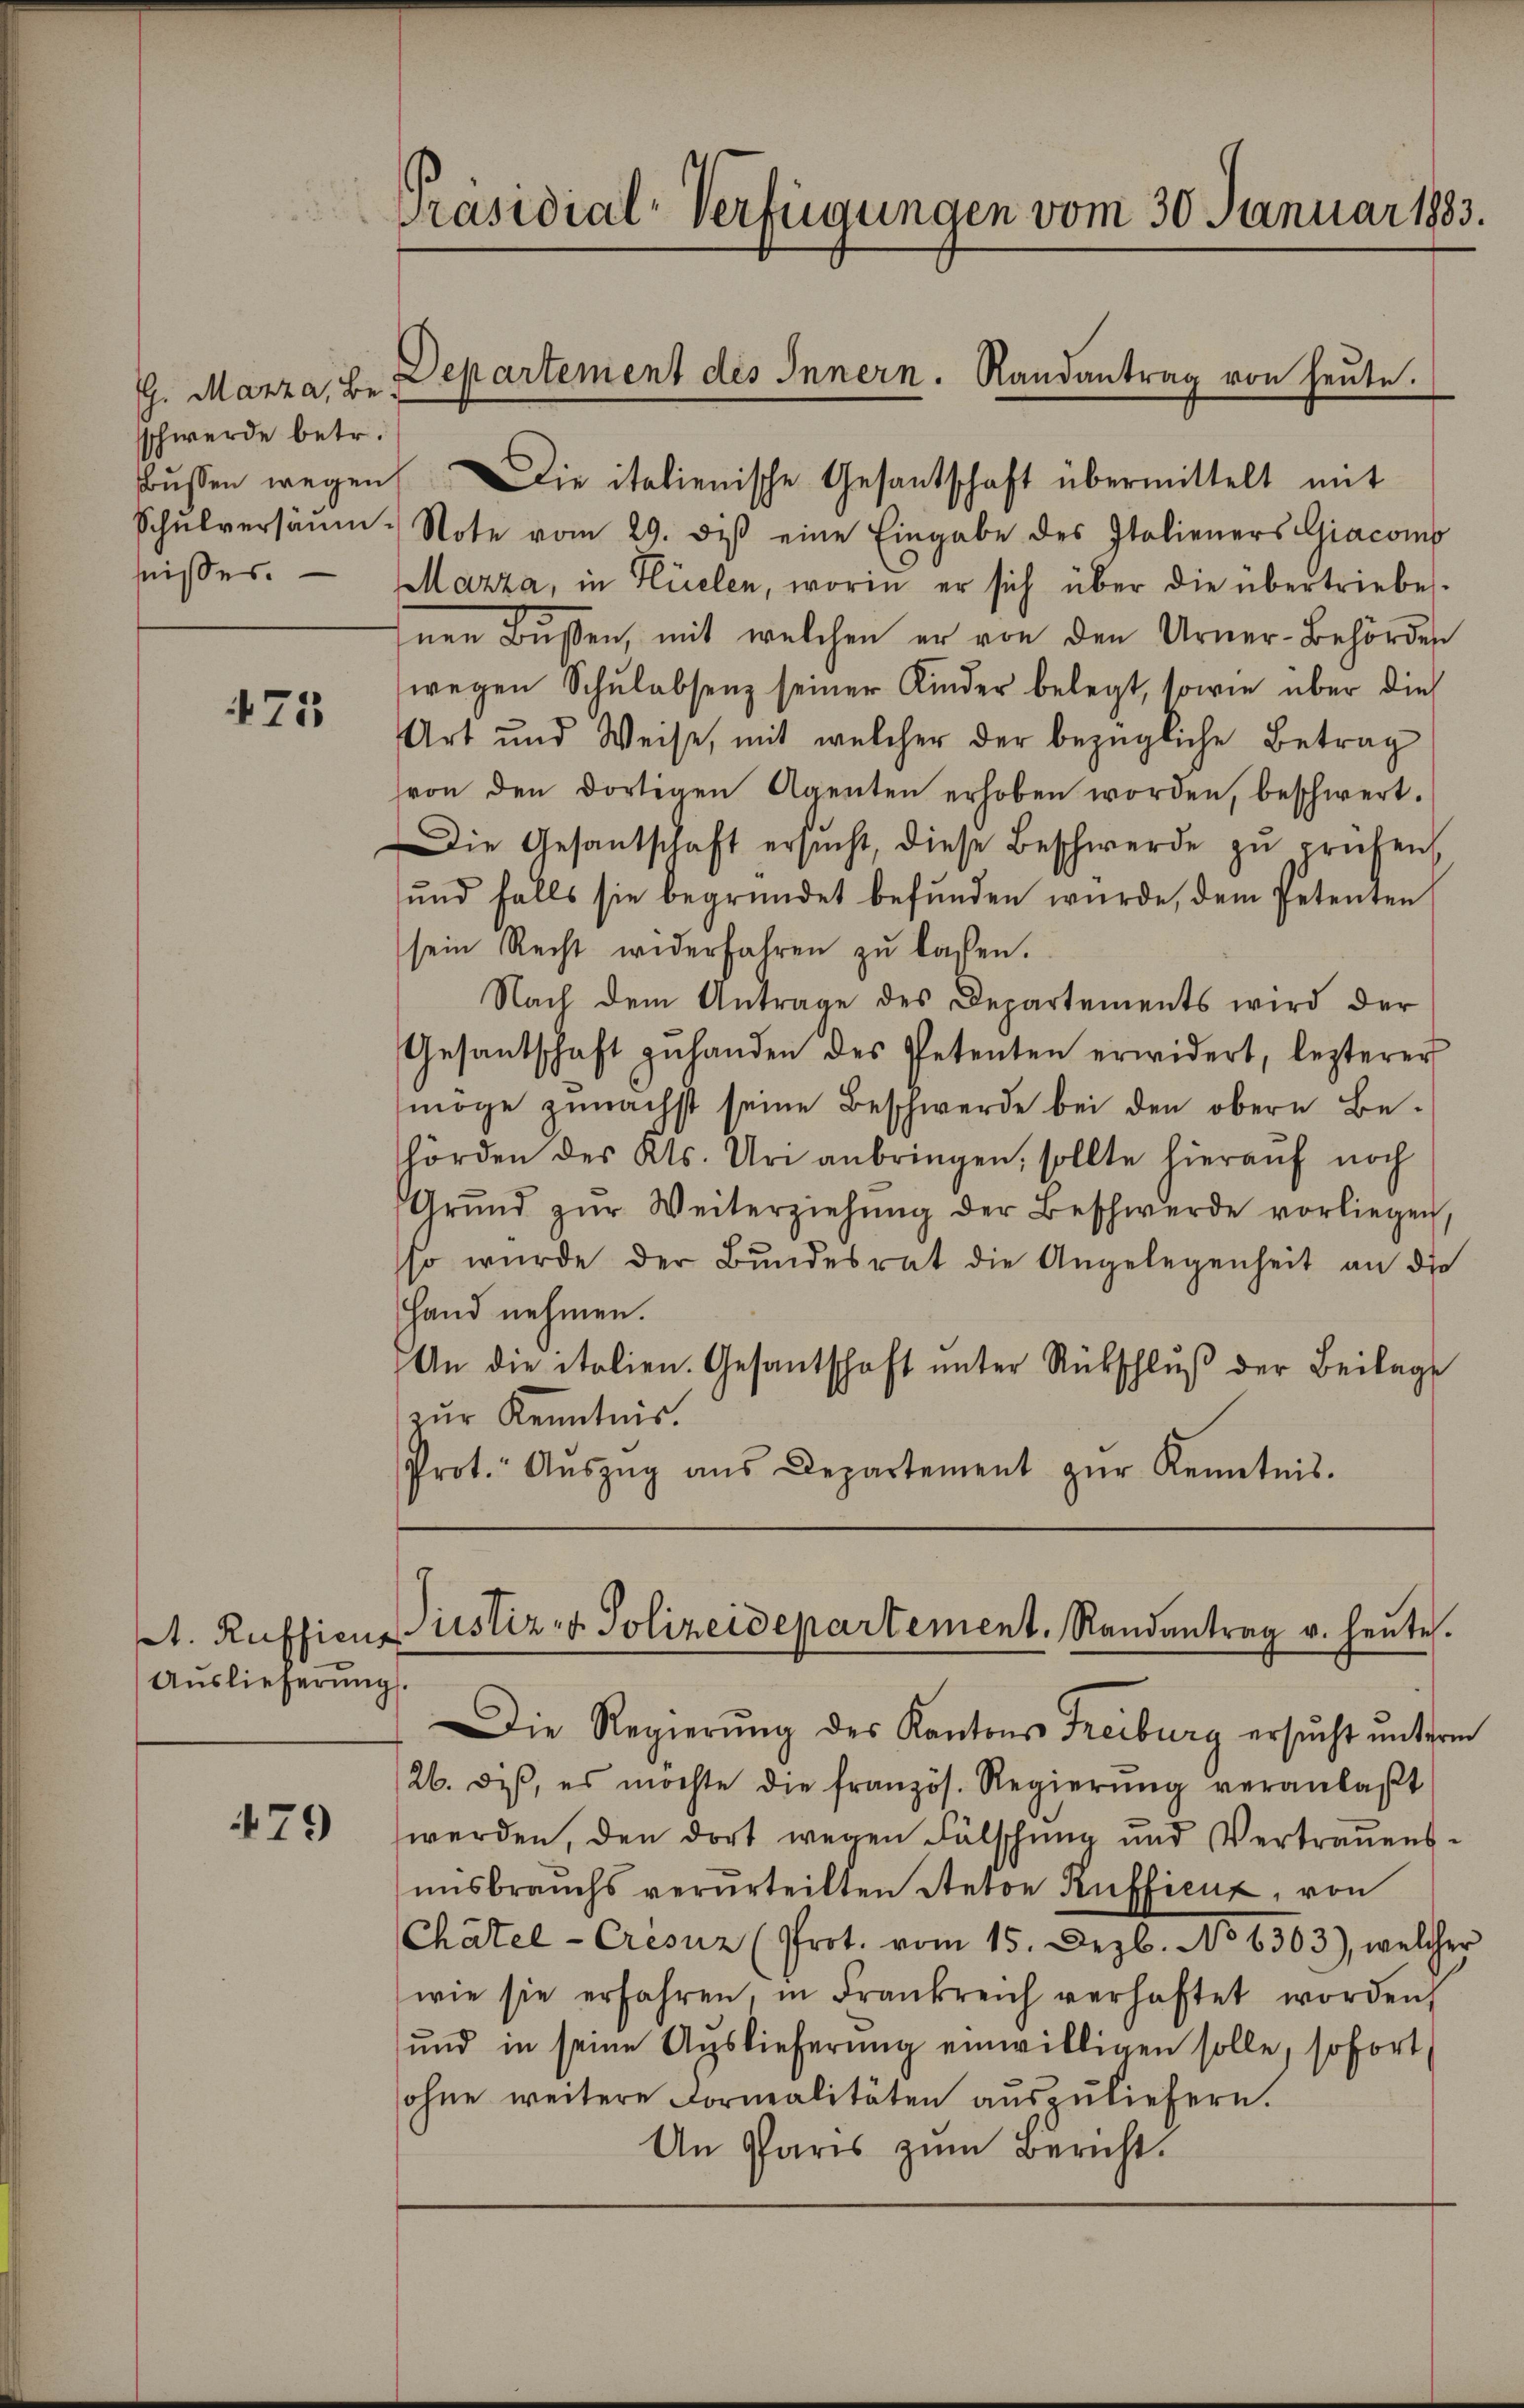
G. Manza, Be
schwerde betr.
fnisses.

171

A. Rufficus
Aŭslieferŭng.

479

bŭssen wegen Die italienische Gesantschaft übermittelt mit
Schŭlversäŭm Note vom 29. diβ eine Eingabe des Italieners Giacomp
Mazza, in Hüelen, worin er sich über die übertriebes.
nen Bußen, mit welchen er von den Urner-Behörder
wegen Schŭlabsenz seiner Kinder belegt, sowie über die
Art und Weise, mit welcher der bezügliche Betrag
von den dortigen Agenten erhoben worden, beschwert.
Die Gesantschaft ersŭcht, diese Beschwerde zŭ prüfen,
und falls sie begründet befŭnden wurde, dem Petenten
sein Recht widerfahren zu lassen.
Nach dem Antrage des Departements wird der
Gesantschaft zŭ handen des Petenten erwidert, lezterer
möge zunächst seine Beschwerde bei den obere Be-
hörden des Kts. Uri anbringen, sollte hierauf noch
Grŭnd zŭr Weiterziehŭng der Beschwerde vorliegen,
so würde der Bŭndesrat die Angelegenheit an die
Hand nehmen.
An die italien. Gesantschaft ŭnter Rückschlŭβ der Beilage
zur Kenntnis.
Prot. Aŭszŭg ans Departement zŭr Kenntnis.

Präsidial-Verfügungen vom 30. Januar 1883.

Departement des Innern. Randantrag von heute.

Dinstiz- & Polizeidepartement. Randantrag v. heŭte.

Die Regierŭng des Kantons Freiburg ersŭcht unterm
26. diβ, es möchte die französ. Regierŭng veranlaβt
werden, den dort wegen Fälschung und Vertrauens-
unsbrauchs verurteilten Retor Ruffienz, von
Chätel-Crèsuz (Prot. vom 15. Dezb. No 6303), welcher
wie sie erfahren, in Frankreich verhaftet worden
und in seine Auslieferung einwilligen solle, sofort
ohne weitere Fornealitäten aŭszŭliefern.
An Paris zum Bericht.